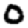
Digit: 0